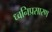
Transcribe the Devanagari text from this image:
ध्वनिप्रसारण